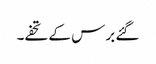
گئے برس کے تحفے۔